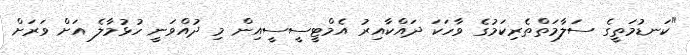
"ކަނޑުމަތީގެ ސަލާމަތްތެރިކަމުގެ ވާހަކަ ދައްކާއިރު އެމްޓީސީސީއިން މި ދުއްވަނީ ހުޅުމާލެ އަށް ވަރަށް